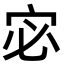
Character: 宓